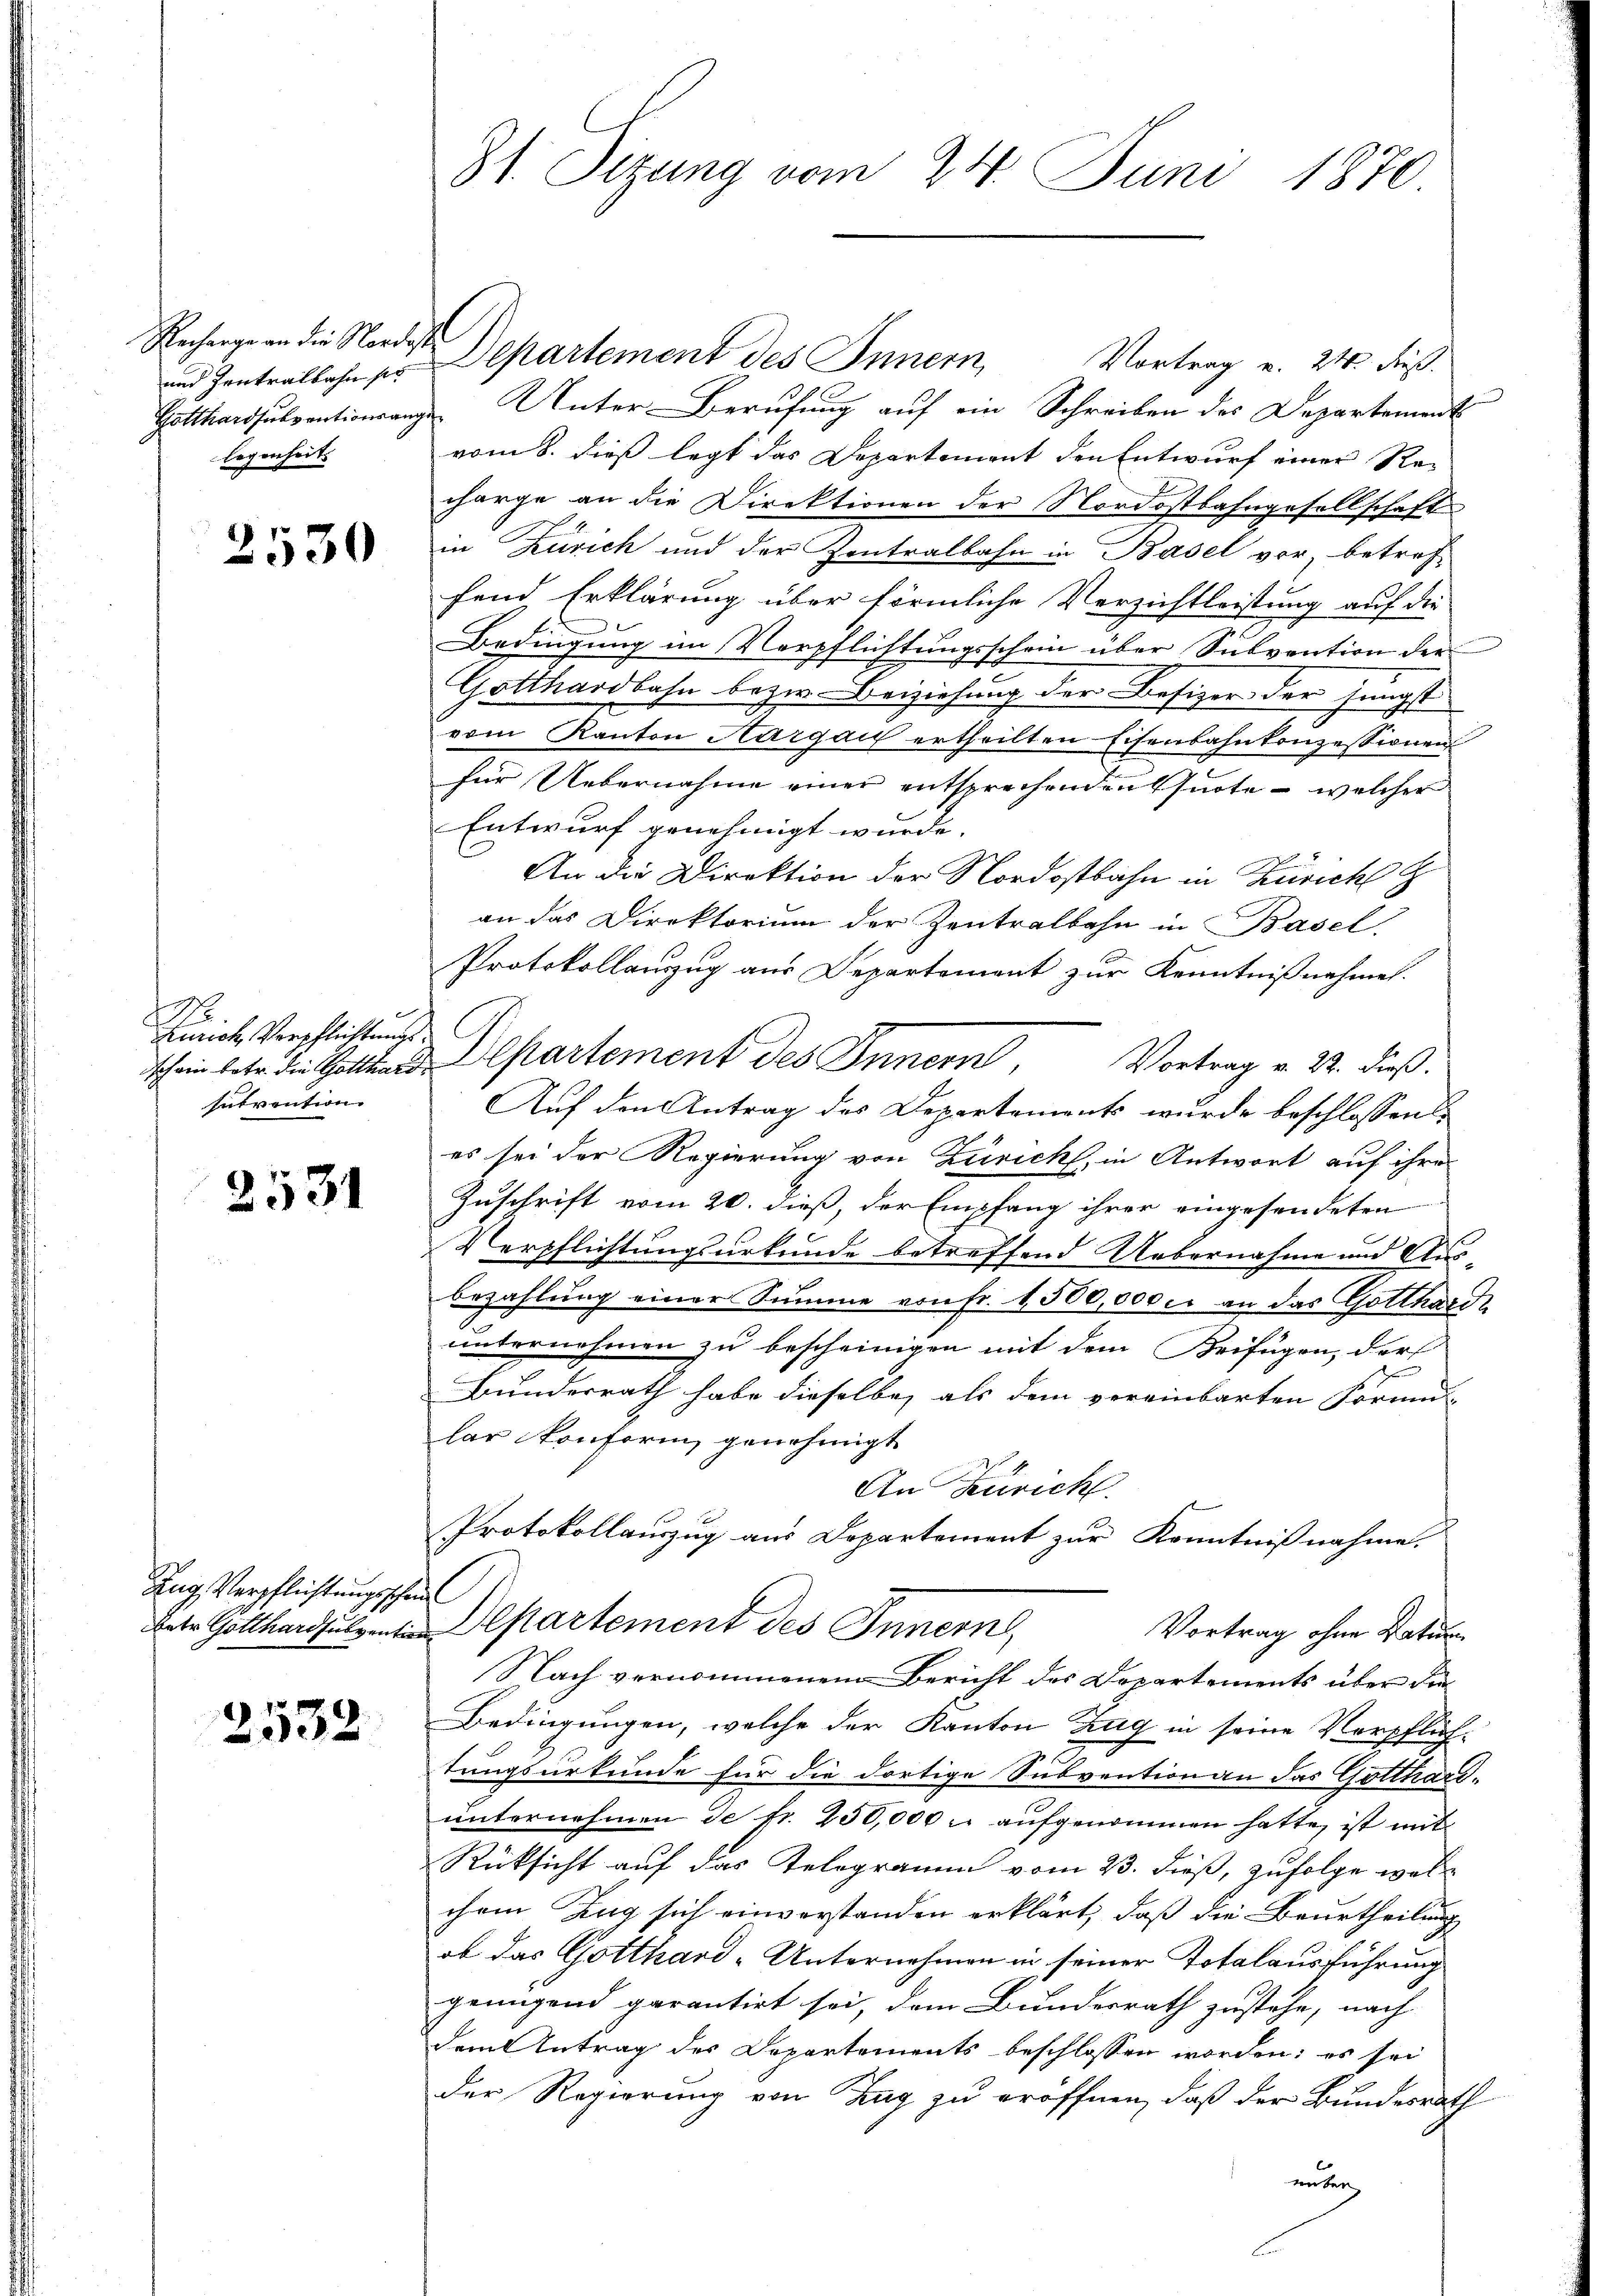
Recharge an die Nordesse
legenheits

2530

1
Zürich Verpflichtungs
Invention

2531

Zug Verpflichtungsschaul

2532

8t. Sizung vom 24. Juni 1870.

Vortrag v. 24. dieß.
Gotthardsubventionsanze Unter Berufung auf ein Schreiben des Departement
vom 8. dieß legt das Departement den Entwurf einer Rei
charge an die Direktionen der Nordostbahngesellschaft
in Zürich und der Kontralbahn in Basel vor, betref-
fend Erklärung über förmliche Verzichtleistung auf die
Bedingung im Verpflichtungsschein über Subvention der
Gotthardbahn bezw. Beiziehung der Besizer der jüngst
vom Kanton Aargau ertheilten Eisenbahnkonzessionen
für Uebernahme einer entsprechenden Quote - welcher
Entwurf genehmigt wurde.
An die Direktion der Nordostbahn in Zürich
an das Direktorium der Zentralbahn in Basel,
Protokollanzug aus Departement zur Kenntniß nehmen.
schein betr. die Gotthard-Alpartement des Innern, Vortrag v. 22. dieß.
Auf den Antrag des Departements wurde beschlossen:
es sei der Regierung von Zürich, in Antwort auf ihre
Zuschrift vom 20. dieß, der Empfang ihrer eingesendeten
Verpflichtungsurkunde betreffend Uebernahme und Ausbezahlung einer Summe von fr. 1500,000 c. an das Gotthardt
unternehmen zu bescheinigen mit dem Beifügen, der
Bundesrath habe dieselbe, als dem vereinbarten Formu- |
lar konform genehmigt
An Zürich.
Protokollauszug aus Departement zur Kenntnißnahme.
betr. Gotthardsubventen partement des Innern,
Vortrag ohne Datum
Nach vernommenen Bericht des Departements über die
Bedingungen, welche der Kanton Zug in seine Verpflichtungsurkunde für die dortige Subvention an das Gotthardŭnternehmen de fr. 250,000 u. aufgenommen hatte, ist mit
Rücksicht auf das Telegramm vom 23. dieß, zufolge wol
chem Zug sich einverstanden erklärt, daß die Beurtheilung
ob das Gotthard-Unternehmen in seiner Totalausführung
genügend garantirt sei, dem Bundesrath zustehe, nach
dem Antrag des Departements beschlossen worden; es sei
der Regierung von Zug zu eröffnen, daß der Bundesrath
unter

und Zentralbahn er Departement des Innern,